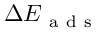
\Delta E _ { \mathrm { ~ a ~ d ~ s ~ } }